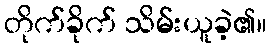
တိုက်ခိုက် သိမ်းယူခဲ့၏။